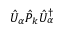
\hat { U } _ { \alpha } \hat { P } _ { k } \hat { U } _ { \alpha } ^ { \dagger }